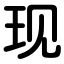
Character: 现